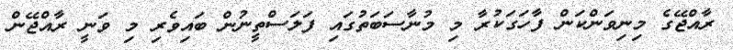
ރާއްޖޭގެ މިނިވަންކަން ފާހަގަކުރާ މި މުނާސަބަތުގައި ފަލަސްތީނުން ބައިވެރި މި ވަނީ ރާއްޖޭން